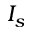
I _ { s }